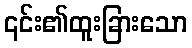
၎င်း၏ထူးခြားသော